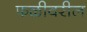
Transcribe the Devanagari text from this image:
फळीवरील